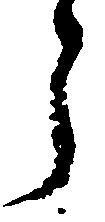
う